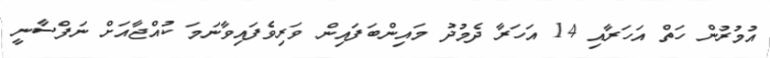
އުމުރުން ހަތް އަހަރާއި 14 އަހަރާ ދެމުދު މައިންބަފައިން ވަރިވެފައިވާނަމަ ކުއްޖާއަށް ނަފްސާނީ